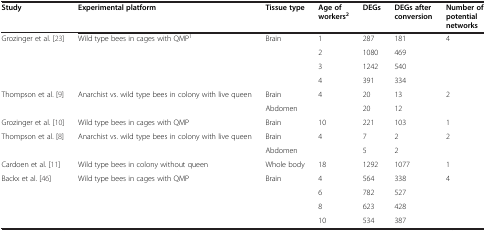
| Study | Experimental platform | Tissue type | Age of workers2 | DEGs | DEGs after conversion | Number of potential networks |
 | --- | --- | --- | --- | --- | --- | --- |
 | <ROWSPAN=4> Grozinger et al. [23] | <ROWSPAN=4> Wild type bees in cages with QMP1 | <ROWSPAN=4> Brain | 1 | 287 | 181 | <ROWSPAN=4> 4 |
 | 2 | 1080 | 469 |
 | 3 | 1242 | 540 |
 | 4 | 391 | 334 |
 | <ROWSPAN=2> Thompson et al. [9] | <ROWSPAN=2> Anarchist vs. wild type bees in colony with live queen | Brain | <ROWSPAN=2> 4 | 20 | 13 | <ROWSPAN=2> 2 |
 | Abdomen | 20 | 12 |
 | Grozinger et al. [10] | Wild type bees in cages with QMP | Brain | 10 | 221 | 103 | 1 |
 | <ROWSPAN=2> Thompson et al. [8] | <ROWSPAN=2> Anarchist vs. wild type bees in colony with live queen | Brain | <ROWSPAN=2> 4 | 7 | 2 | <ROWSPAN=2> 2 |
 | Abdomen | 5 | 2 |
 | Cardoen et al. [11] | Wild type bees in colony without queen | Whole body | 18 | 1292 | 1077 | 1 |
 | <ROWSPAN=4> Backx et al. [46] | <ROWSPAN=4> Wild type bees in cages with QMP | <ROWSPAN=4> Brain | 4 | 564 | 338 | <ROWSPAN=4> 4 |
 | 6 | 782 | 527 |
 | 8 | 623 | 428 |
 | 10 | 534 | 387 |